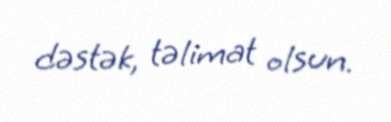
dəstək, təlimat olsun.